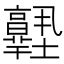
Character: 𡔊